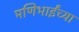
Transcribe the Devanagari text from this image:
मणिभाईंच्या